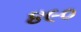
૪૯૦